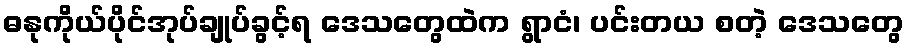
ဓနုကိုယ်ပိုင်အုပ်ချုပ်ခွင့်ရ ဒေသတွေထဲက ရွာငံ၊ ပင်းတယ စတဲ့ ဒေသတွေ